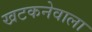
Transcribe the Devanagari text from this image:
खटकनेवाला